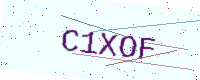
Text: C1XOF